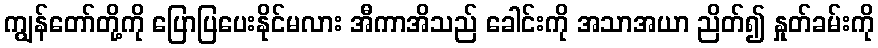
ကျွန်တော်တို့ကို ပြောပြပေးနိုင်မလား အီကာအိသည် ခေါင်းကို အသာအယာ ညိတ်၍ နှုတ်ခမ်းကို